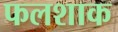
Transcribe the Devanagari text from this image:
फलशाक